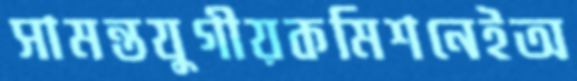
সামন্তযুগীয়কমিশনেইঅ